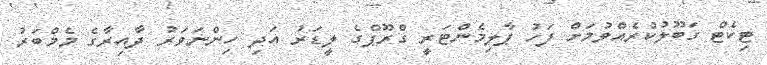
ޓިކެޓް ގަބޫލުކުރެއްވުމަށް ފަހު ޕާލިމެންޓަރީ ގްރޫޕްގެ ލީޑަރު އަދި ހިންނަވަރު ދާއިރާގެ މެމްބަރު